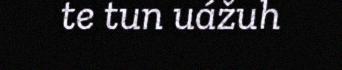
te tun uážuh